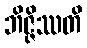
ဘိဇ္ဇိဿတိ